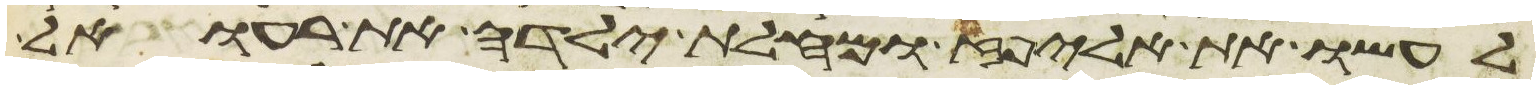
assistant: לעשו את אליפז ומחלת ילדה את רעואל